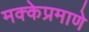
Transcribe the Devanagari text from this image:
मक्केप्रमाणे